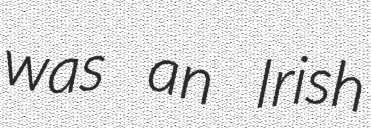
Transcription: was an Irish